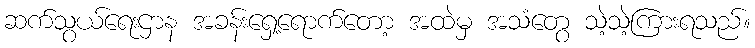
ဆက်သွယ်ရေးဌာန အခန်းရှေ့ရောက်တော့ အထဲမှ အသံတွေ သဲ့သဲ့ကြားရသည်။